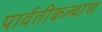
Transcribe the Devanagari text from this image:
पार्वतीकल्याण